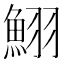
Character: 鮙